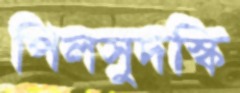
পিলসুদস্কি